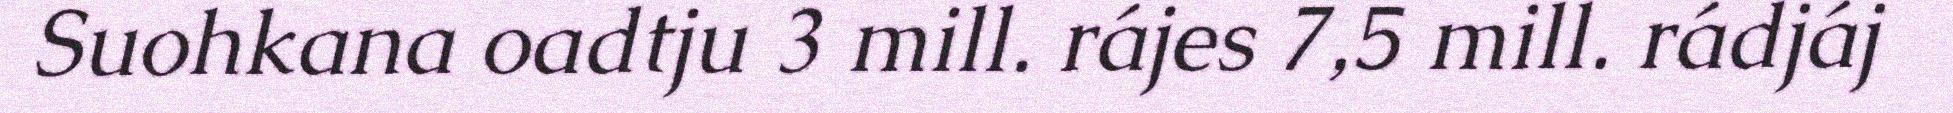
Suohkana oadtju 3 mill. rájes 7,5 mill. rádjáj